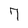
Character: 7